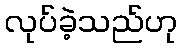
လုပ်ခဲ့သည်ဟု